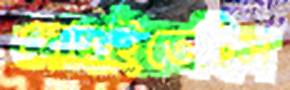
দোহাইতেছিস